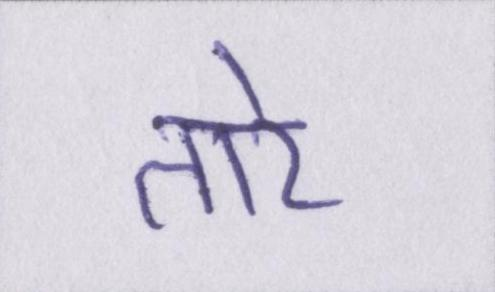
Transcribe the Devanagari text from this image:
तारे